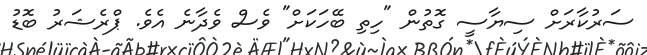
ސަރުކާރަށް ސިޔާސީ ގޮތުން "ހިތި ބޭހަކަށް" ވެސް ވެދާނެ އެވެ. ޕްރެޝަރު ބޮޑު